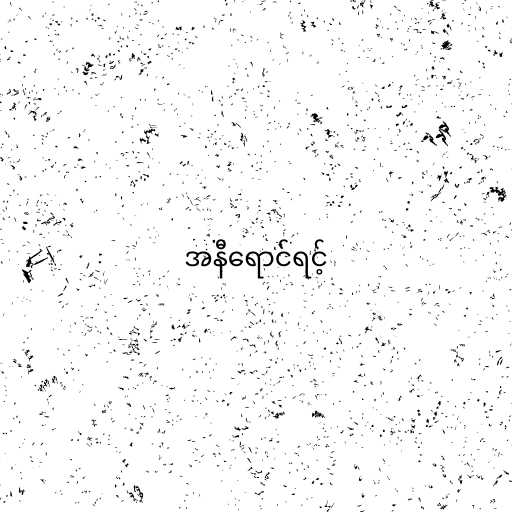
အနီရောင်ရင့်